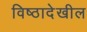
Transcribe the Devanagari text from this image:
विष्ठादेखील